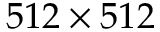
5 1 2 \times 5 1 2